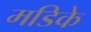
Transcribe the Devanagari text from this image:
मडिके